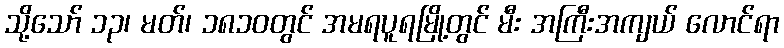
သို့သော် ၁၃၊ မတ်၊ ၁၈၁၀တွင် အမရပူရမြို့တွင် မီး အကြီးအကျယ် လောင်ရာ